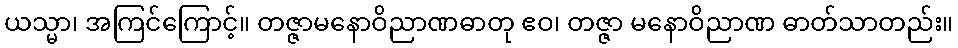
ယသ္မာ၊ အကြင်ကြောင့်။ တဇ္ဇာမနောဝိညာဏဓာတု ဧဝ၊ တဇ္ဇာ မနောဝိညာဏ ဓာတ်သာတည်း။